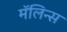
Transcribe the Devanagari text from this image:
मॅलिन्स